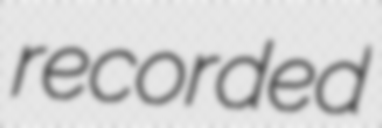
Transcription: recorded